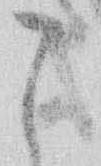
こ